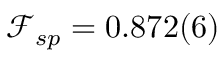
\mathcal { F } _ { s p } = 0 . 8 7 2 ( 6 )